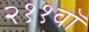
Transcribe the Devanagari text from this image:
२११वॉ